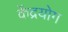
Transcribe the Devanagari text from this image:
केंद्रयोग